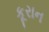
કૂરાન